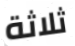
ثلاثة